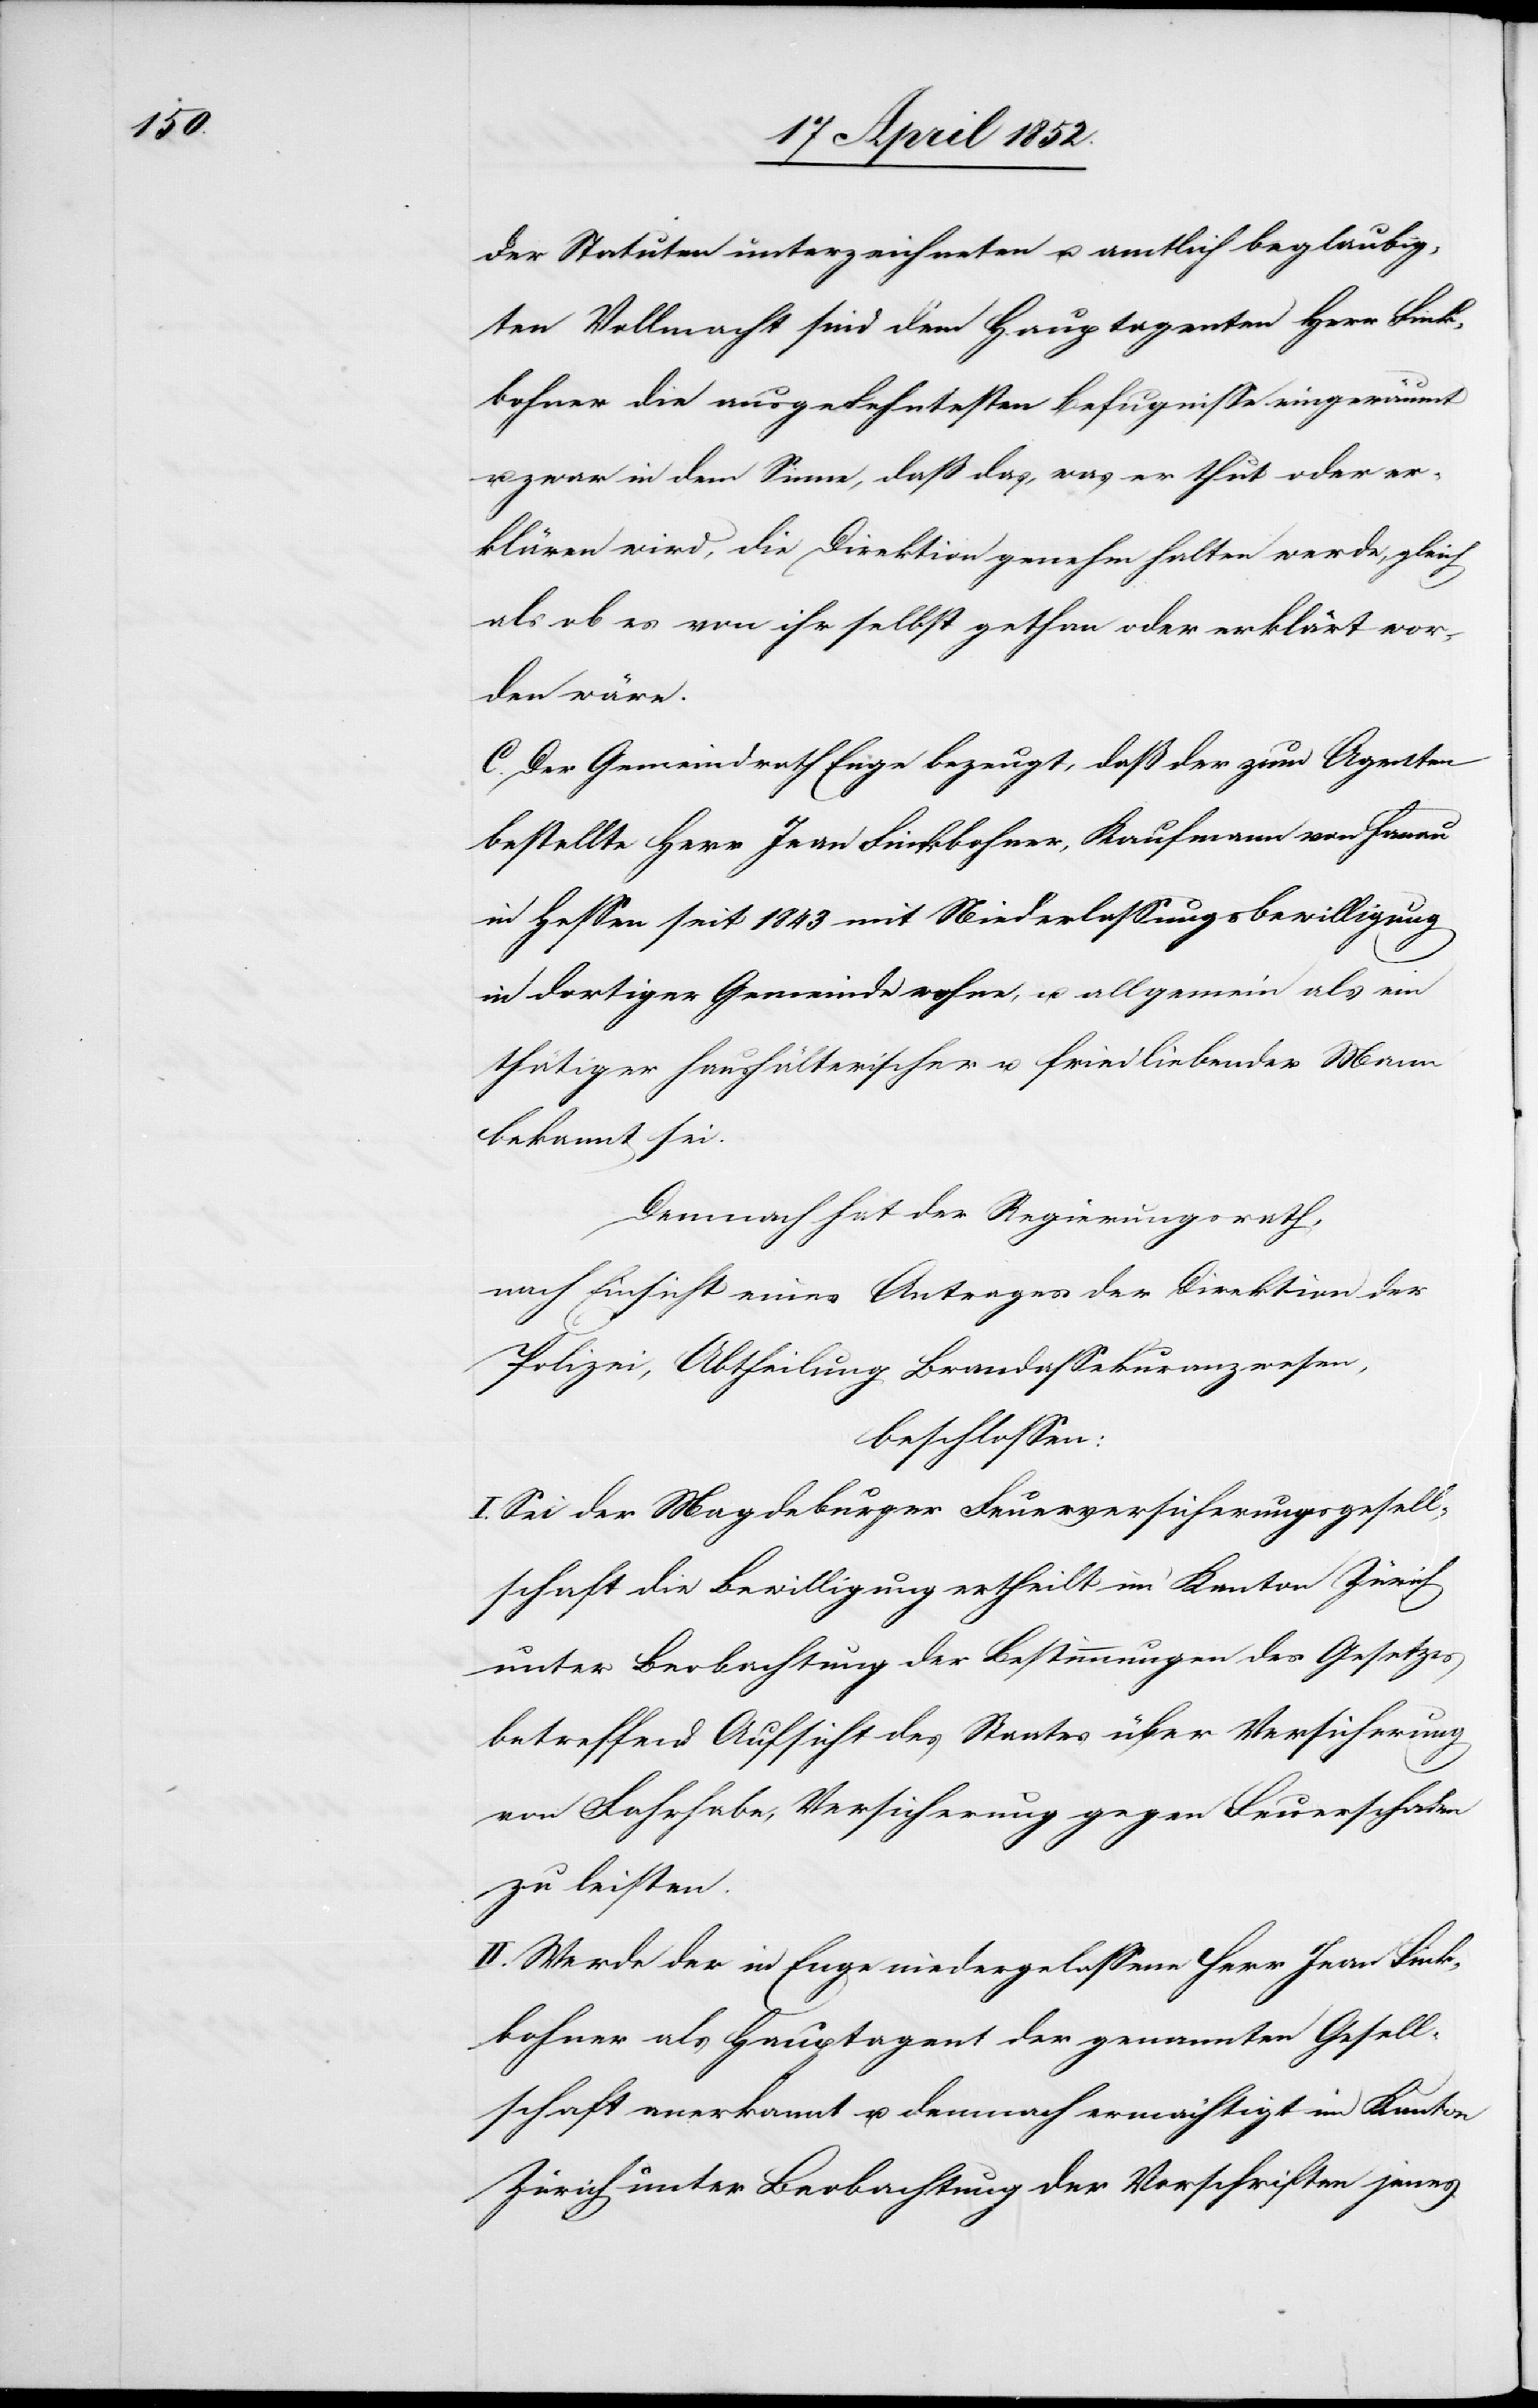
der Statuten unterzeichneten u. amtlich beglaubig¬
ten Vollmacht sind dem Hauptagenten Herr Fink¬
bohner die ausgedehntesten Befugnisse eingeräumt
u. zwar in dem Sinne, daß das, was er thut oder er¬
klären wird, die Direktion genehm halten werde, gleich
als ob es von ihr selbst gethan oder erklärt wor¬
den wäre.
C. Der Gemeindrath Enge bezeugt, daß der zum Agenten
bestellte Herr Jean Finkbohner, Kaufmann von Hanau
in Hessen seit 1843 mit Niederlassungsbewilligung
in dortiger Gemeinde wohne, u. allgemein als ein
thätiger haushälterischer u. friedliebender Mann
bekannt sei.
Demnach hat der Regierungsrath,
nach Einsicht eines Antrages der Direktion der
Polizei, Abtheilung Brandassekuranzwesen,
beschlossen:
I. Sei der Magdeburger Feuerversicherungsgesell¬
schaft die Bewilligung ertheilt im Kanton Zürich
unter Beobachtung der Bestimmungen des Gesetzes
betreffend Aufsicht des Staates über Versicherung
von Fahrhabe, Versicherung gegen Feuerschaden
zu leisten.
II. Werde der in Enge niedergelassene Herr Jean Fink¬
bohner als Hauptagent der genannten Gesell¬
schaft anerkannt u. demnach ermächtigt im Kanton
Zürich unter Beobachtung der Vorschriften jenes